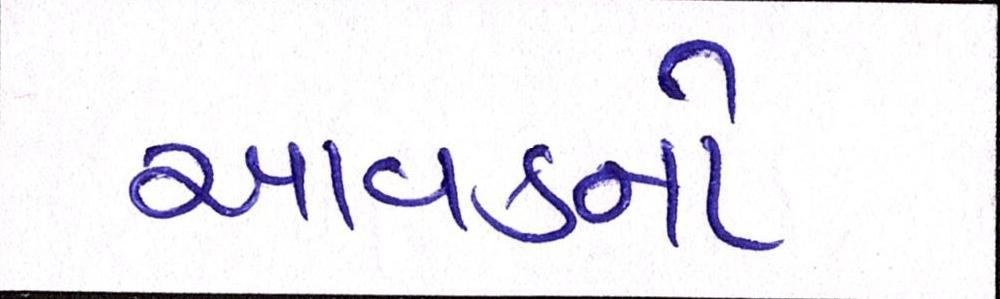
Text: આવકનો